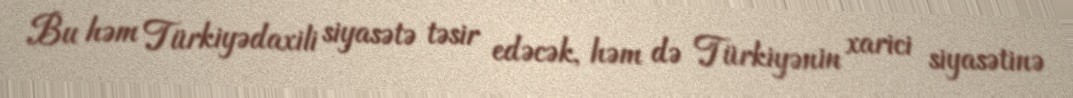
Bu həm Türkiyədaxili siyasətə təsir edəcək, həm də Türkiyənin xarici siyasətinə